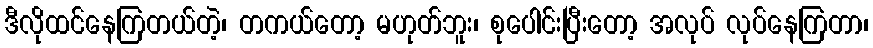
ဒီလိုထင်နေကြတယ်တဲ့၊ တကယ်တော့ မဟုတ်ဘူး၊ စုပေါင်းပြီးတော့ အလုပ် လုပ်နေကြတာ၊